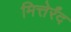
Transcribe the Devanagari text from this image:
मित्तेर्रंद